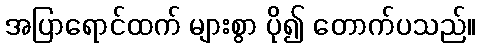
အပြာရောင်ထက် များစွာ ပို၍ တောက်ပသည်။